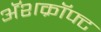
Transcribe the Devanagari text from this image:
अॅशक्रॉफ्ट